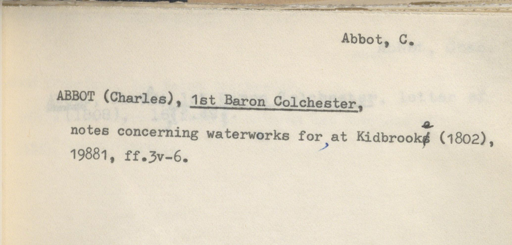
Label: content